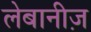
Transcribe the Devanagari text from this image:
लेबानीज़